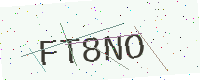
Text: FT8NO